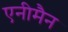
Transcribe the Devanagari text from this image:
एनीमैन